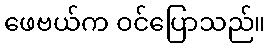
ဖေဗယ်က ဝင်ပြောသည်။